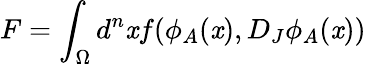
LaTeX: F=\int_{\Omega}d^{n}\mathit{x}f(\phi_{A}(\mathit{x}),D_{J}\phi_{A}(\mathit{x}))